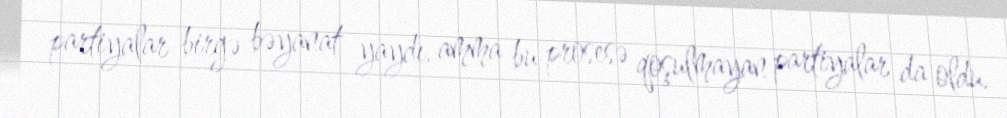
partiyalar birgə bəyanat yaydı, amma bu prosesə qoşulmayan partiyalar da oldu.